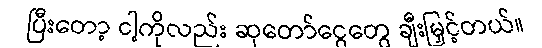
ပြီးတော့ ငါ့ကိုလည်း ဆုတော်ငွေတွေ ချီးမြှင့်တယ်။